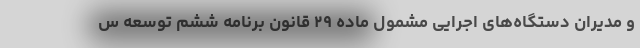
و مدیران دستگاه‌های اجرایی مشمول ماده ۲۹ قانون برنامه ششم توسعه س